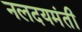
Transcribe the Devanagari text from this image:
नलदयमंती